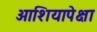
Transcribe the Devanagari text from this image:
आशियापेक्षा